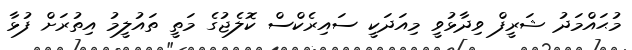
މުޙައްމަދު ޝަރީފް ވިދާޅުވީ މިއަދަކީ ސައިރެކްސް ކޮލެޖުގެ މަތީ ތައުލީމު އިތުރަށް ފުޅާ